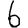
Digit: 6